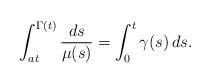
LaTeX: \begin{align*} \int_{at}^{\Gamma(t)} \frac{ds}{\mu(s)} = \int_0^t \gamma(s) \, ds.\end{align*}